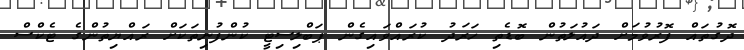
ދޮގުތައް ފޮރުވުމަށް ދައުލަތުން ބޮޑެތި ހަރަދު ކުރައްވައިގެން ޕަބްލިސިޓީ ކުންފުނިތަކަށް ރައްޔިތުންގެ ޓެކްސް